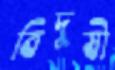
বিদুষী